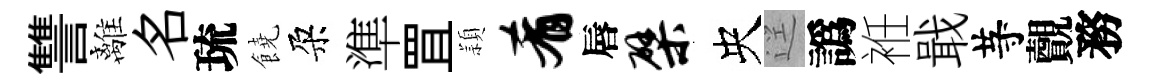
讐離名琉饒朶準罝頴肴唇檗央逕譌袵戢䒭覿務